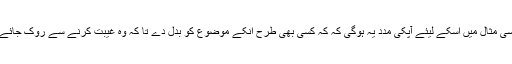
اسی مثال میں اسکے لیئے آپکی مدد یہ ہوگی کہ کہ کسی بھی طرح انکے موضوع کو بدل دے تا کہ وہ غیبت کرنے سے روک جائے۔